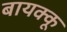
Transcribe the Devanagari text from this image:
बायक्कू